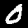
Digit: 0